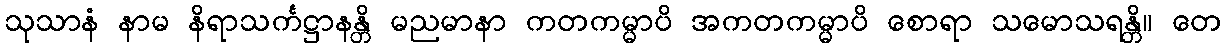
သုသာနံ နာမ နိရာသင်္ကဋ္ဌာနန္တိ မညမာနာ ကတကမ္မာပိ အကတကမ္မာပိ စောရာ သမောသရန္တိ။ တေ